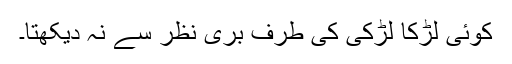
کوئی لڑکا لڑکی کی طرف بری نظر سے نہ دیکھتا۔